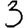
Digit: 3